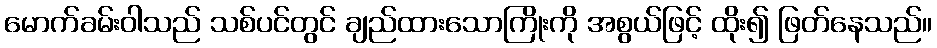
မောက်ခမ်းဝါသည် သစ်ပင်တွင် ချည်ထားသောကြိုးကို အစွယ်ဖြင့် ထိုး၍ ဖြတ်နေသည်။